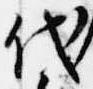
代